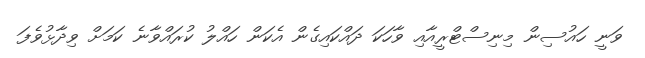
ވަނީ ހައުސިން މިނިސްޓްރީއާއި ވާހަކަ ދައްކައިގެން އެކަން ހައްލު ކުރައްވާނެ ކަމަށް ވިދާޅުވެފަ